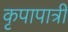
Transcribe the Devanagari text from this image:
कृपापात्री